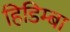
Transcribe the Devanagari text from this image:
हिडिम्‍बा